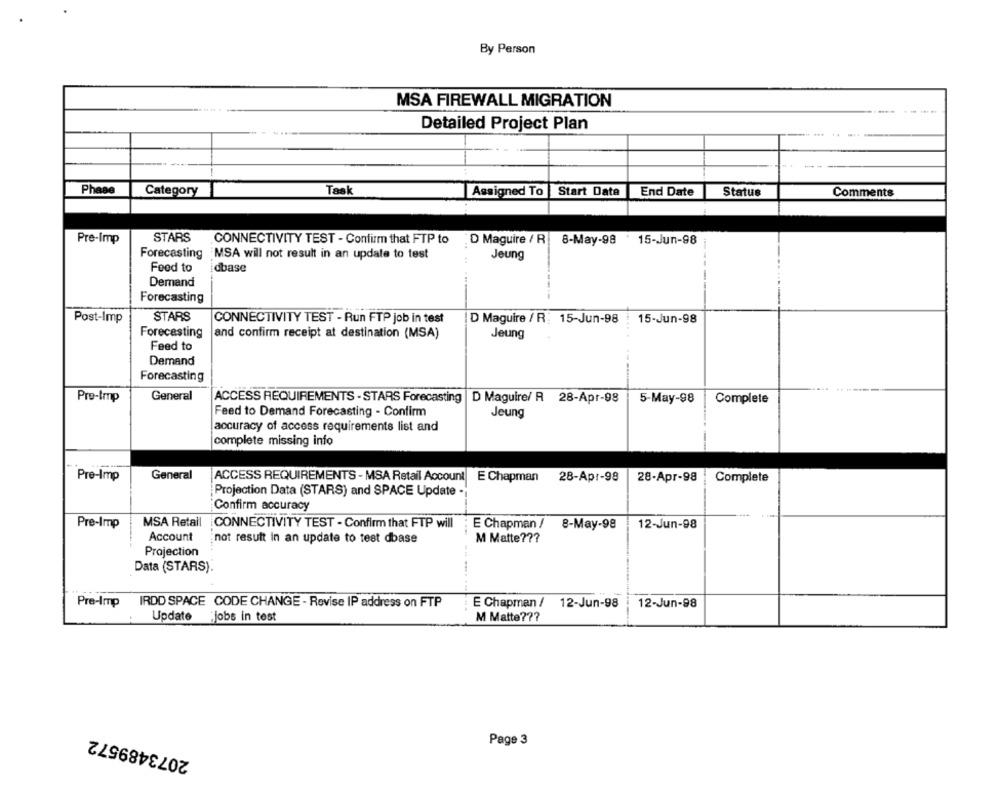
By Person
MSA FIREWALL MIGRATION
----
Detailed Project Plan
.....
Phase
Category
Task
Assigned To
Start Date
End Date
Status
Comments
STARS
Pre-Imp
CONNECTIVITY TEST - Confirm that FTP to
D Maguire / R 8-May-98 . 15-Jun-98
Forecasting
-
MSA will not result in an update to test
Jeung
Food to
dbase
Demand
Forecasting
STARS
Post-Imp
CONNECTIVITY TEST - Run FTP job in test
D Maguire / R: 15-Jun-98 : 15-Jun-98
Forecasting
and confirm receipt at destination (MSA)
Jeung
Feed to
Demand
Forecasting
General
Pre-Imp
ACCESS REQUIREMENTS - STARS Forecasting | D Maguire/ R 28-Apr-98
5-May-98
Complete
Feed to Demand Forecasting - Confirm
Jeung
accuracy of access requirements list and
complete missing info
General
Pre-Imp
ACCESS REQUIREMENTS - MSA Retail Account
E Chapman
28-Apr-98
28-Apr-98
Complete
Projection Data (STARS) and SPACE Update -
Confirm accuracy
Pre-Imp
MSA Retail CONNECTIVITY TEST - Confirm that FTP will ; E Chapman /
8-May-98
12-Jun-98
Account
not result in an update to test dbase
M Matte ???
Projection
Data (STARS).
---
Pre-Imp IRDD SPACE CODE CHANGE - Revise IP address on FTP
E Chapman /
12-Jun-98
12-Jun-98
Update
jobs in test
M Matte ???
2073489572
Page 3